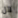
لآل